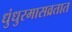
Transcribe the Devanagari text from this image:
धुंधुरमासव्रतात